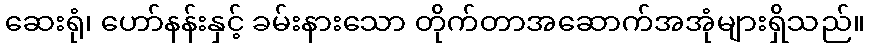
ဆေးရုံ၊ ဟော်နန်းနှင့် ခမ်းနားသော တိုက်တာအဆောက်အအုံများရှိသည်။